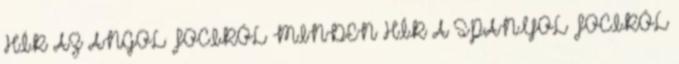
HÍR AZ ANGOL FOCIRÓL MINDEN HÍR A SPANYOL FOCIRÓL